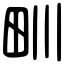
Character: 甽